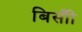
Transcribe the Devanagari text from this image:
बिसौी